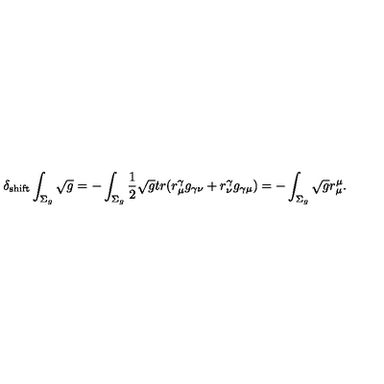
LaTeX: \delta _ { \mathrm { s h i f t } } \int _ { \Sigma _ { g } } \sqrt { g } = - \int _ { \Sigma _ { g } } \frac { 1 } { 2 } \sqrt { g } t r ( r _ { \mu } ^ { \gamma } g _ { \gamma \nu } + r _ { \nu } ^ { \gamma } g _ { \gamma \mu } ) = - \int _ { \Sigma _ { g } } \sqrt { g } r _ { \mu } ^ { \mu } .